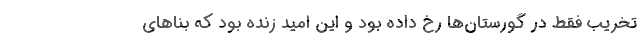
تخریب فقط در گورستان‌ها رخ داده بود و این امید زنده بود که بناهای